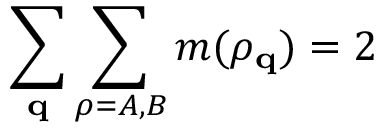
\sum _ { \mathbf { q } } \sum _ { \rho = A , B } m ( \rho _ { \mathbf { q } } ) = 2